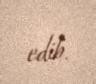
edib.